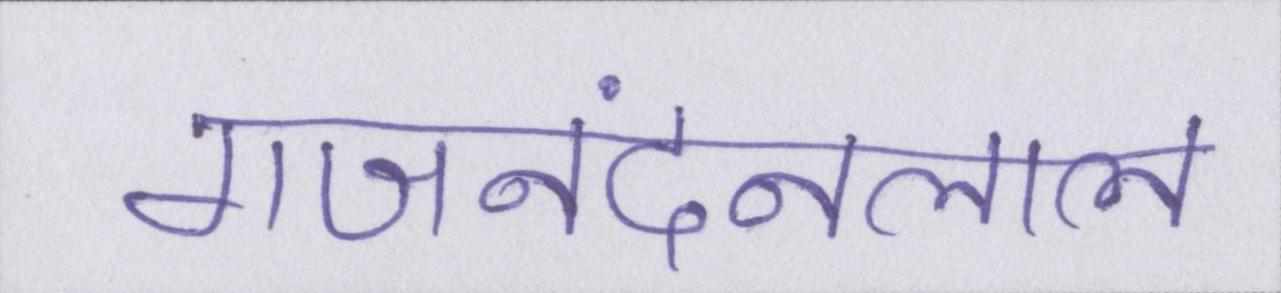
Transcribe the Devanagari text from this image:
गजनंदनलाल